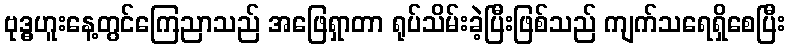
ဗုဒ္ဓဟူးနေ့တွင်ကြေညာသည် အဖြေရှာတာ ရုပ်သိမ်းခဲ့ပြီးဖြစ်သည် ကျက်သရေရှိစေပြီး